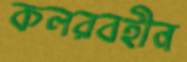
কলরবহীন